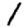
Digit: 1